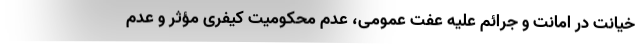
خیانت در امانت و جرائم علیه عفت عمومی، عدم محکومیت کیفری مؤثر و عدم